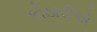
કોઠારીએ